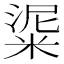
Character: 𥺜